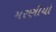
મરણીયો